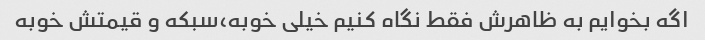
اگه بخوایم به ظاهرش فقط نگاه کنیم خیلی خوبه،سبکه و قیمتش خوبه